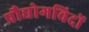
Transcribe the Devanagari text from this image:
प्रौद्योगविदों